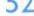
52